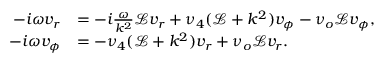
\begin{array} { r l } { - i \omega v _ { r } } & { = - i \frac { \omega } { k ^ { 2 } } \mathcal { L } v _ { r } + \nu _ { 4 } ( \mathcal { L } + k ^ { 2 } ) v _ { \phi } - \nu _ { o } \mathcal { L } v _ { \phi } , } \\ { - i \omega v _ { \phi } } & { = - \nu _ { 4 } ( \mathcal { L } + k ^ { 2 } ) v _ { r } + \nu _ { o } \mathcal { L } v _ { r } . } \end{array}